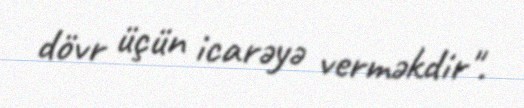
dövr üçün icarəyə verməkdir".